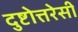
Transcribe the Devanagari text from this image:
दुष्टोत्तरेसी